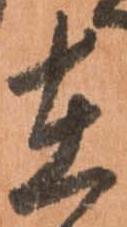
在